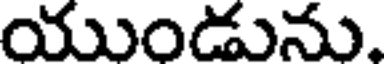
యుండును.